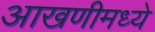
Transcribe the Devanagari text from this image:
आखणीमध्ये